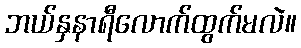
ဘယ်နှနာရီလောက်ထွက်မလဲ။